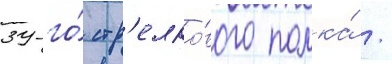
39-го́ стр'елко́вого полка́ /